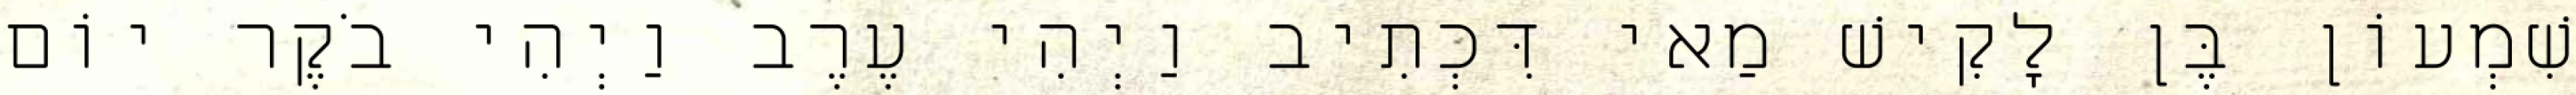
שִׁמְעוֹן בֶּן לָקִישׁ מַאי דִּכְתִיב וַיְהִי עֶרֶב וַיְהִי בֹקֶר יוֹם